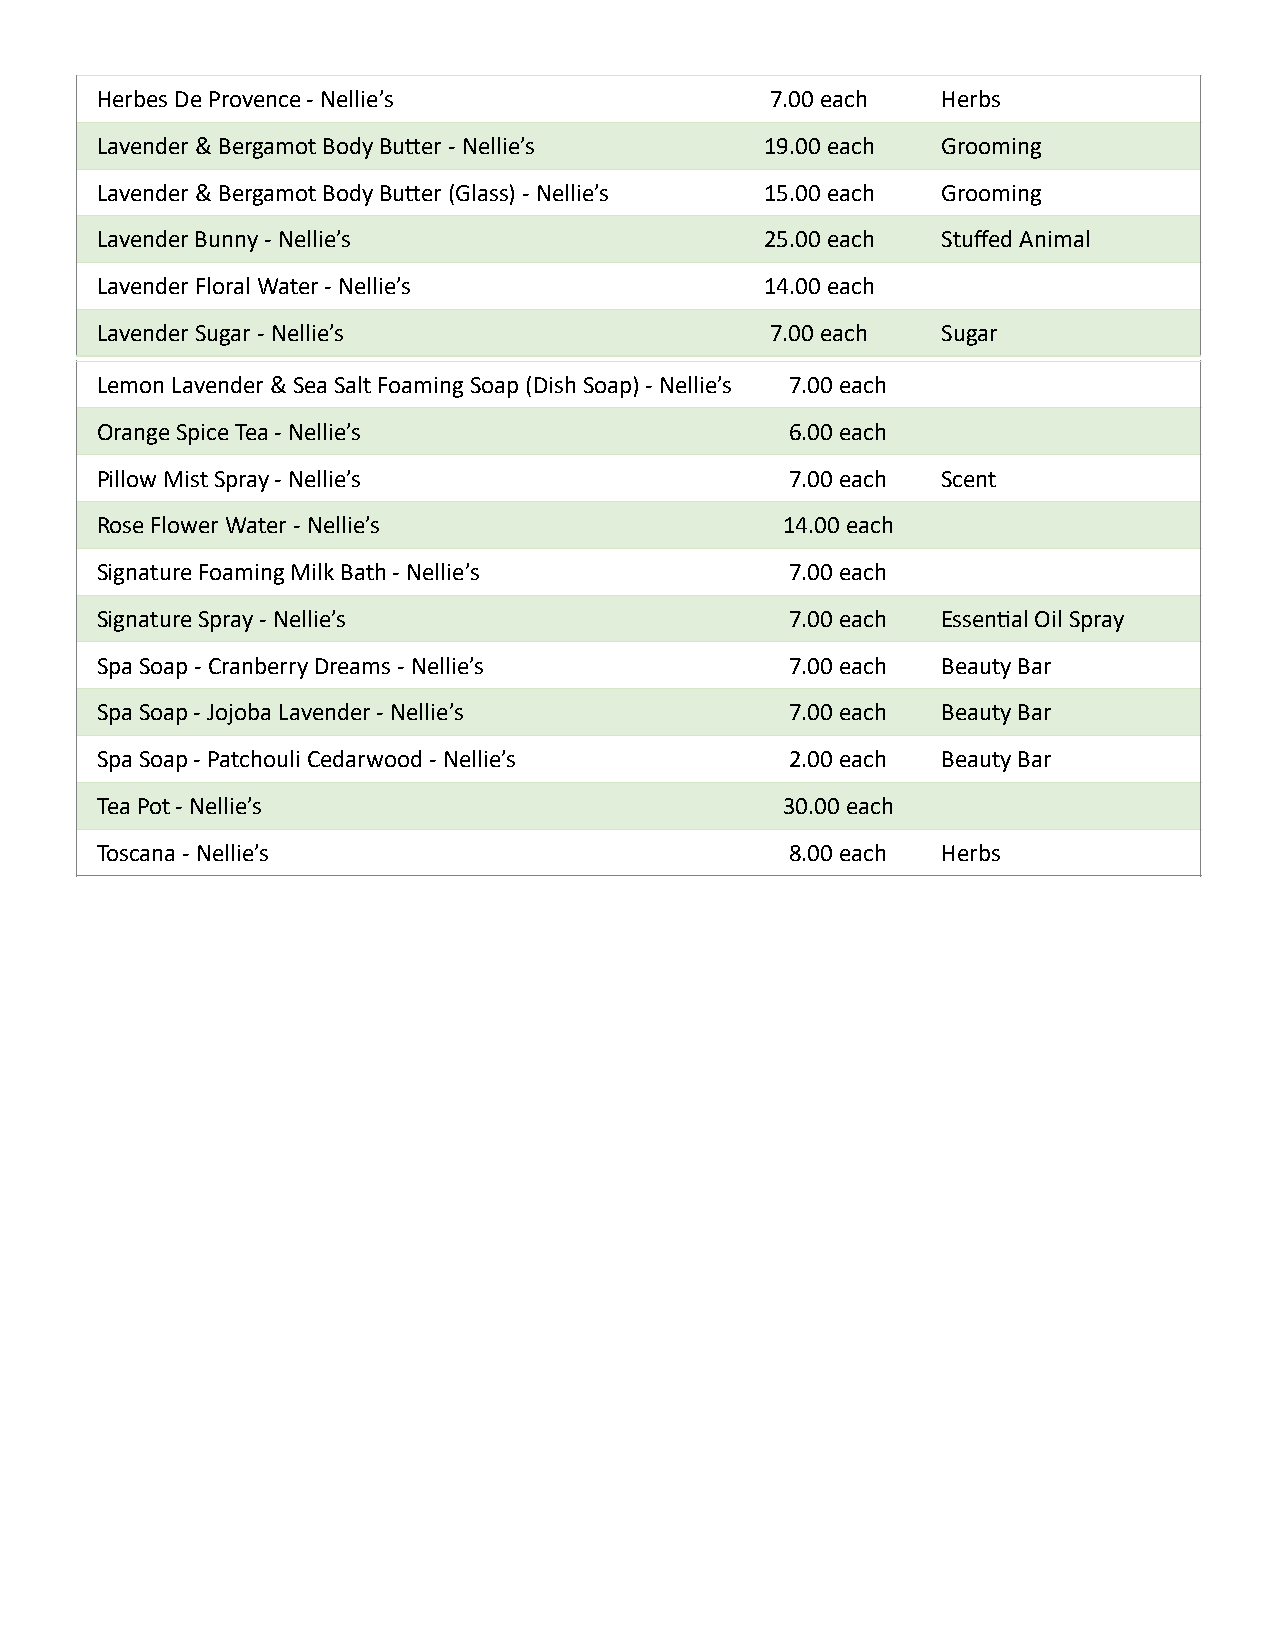
Herbes De Provence - Nellie’s                7.00 each  Herbs
 Lavender & Bergamot Body Buder - Nellie’s    19.00 each Grooming
 Lavender & Bergamot Body Buder (Glass) - Nellie’s 15.00 each Grooming
 Lavender Bunny - Nellie’s                    25.00 each Stuffed Animal
 Lavender Floral Water - Nellie’s             14.00 each
 Lavender Sugar - Nellie’s                    7.00 each  Sugar
 Lemon Lavender & Sea Salt Foaming Soap (Dish Soap) - Nellie’s 7.00 each
 Orange Spice Tea - Nellie’s                   6.00 each
 Pillow Mist Spray - Nellie’s                  7.00 each Scent
 Rose Flower Water - Nellie’s                  14.00 each
 Signature Foaming Milk Bath - Nellie’s        7.00 each
 Signature Spray - Nellie’s                    7.00 each Essen_al Oil Spray
 Spa Soap - Cranberry Dreams - Nellie’s        7.00 each Beauty Bar
 Spa Soap - Jojoba Lavender - Nellie’s         7.00 each Beauty Bar
 Spa Soap - Patchouli Cedarwood - Nellie’s     2.00 each Beauty Bar
 Tea Pot - Nellie’s                            30.00 each
 Toscana - Nellie’s                            8.00 each Herbs